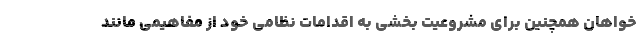
خواهان همچنین برای مشروعیت بخشی به اقدامات نظامی خود از مفاهیمی مانند